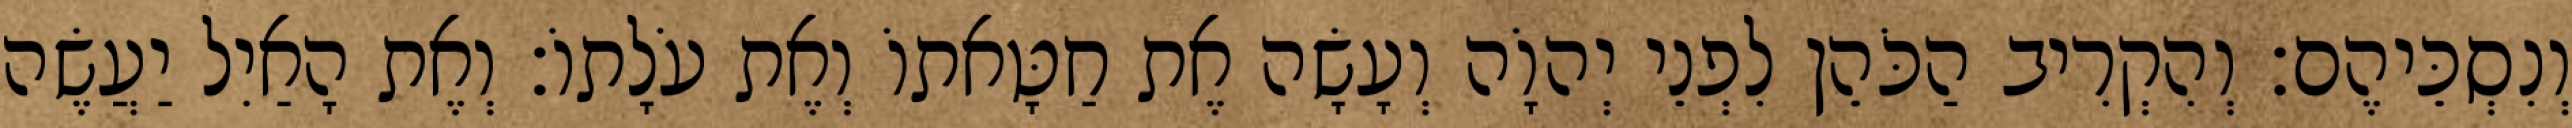
וְנִסְכֵּיהֶם׃ וְהִקְרִיב הַכֹּהֵן לִפְנֵי יְהוָֹה וְעָשָׂה אֶת חַטָּאתוֹ וְאֶת עֹלָתוֹ׃ וְאֶת הָאַיִל יַעֲשֶׂה